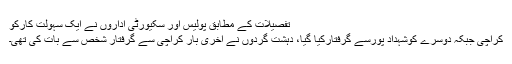
تفصیلات کے مطابق پولیس اور سکیورٹی اداروں نے ایک سہولت کارکو
کراچی جبکہ دوسرے کوشہداد پورسے گرفتارکیا گیا، دہشت گردوں نے آخری بار کراچی سے گرفتار شخص سے بات کی تھی۔